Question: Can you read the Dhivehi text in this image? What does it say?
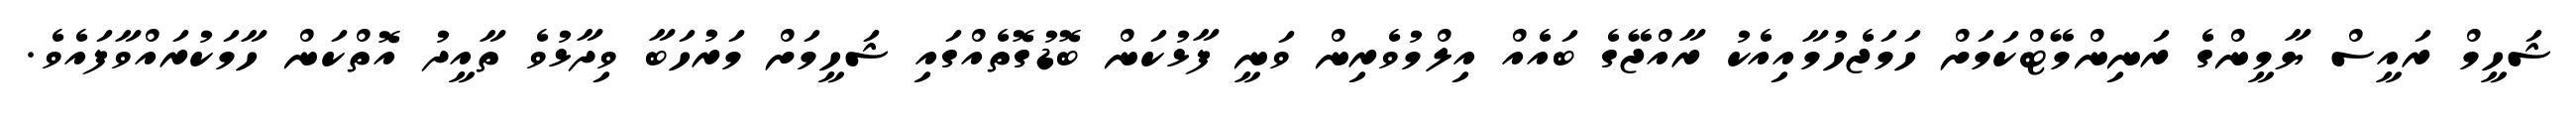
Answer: ޝަހީމް ރައީސް ޔާމީންގެ ރަނިންމޭޓްކަމަށް ހަމަޖެހުމާއިއެކު ރާއްޖޭގެ ބައެއް އިލްމުވެރިން ވަނީ ފާޅުކަން ބޮޑުގޮތެއްގައި ޝަހީމަށް މަރުހަބާ ވިދާޅުވެ ތާއީދު އޮތްކަން ހާމަކުރައްވާފައެވެ.